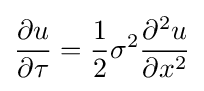
{\frac {\partial u}{\partial \tau }}={\frac {1}{2}}\sigma ^{2}{\frac {\partial ^{2}u}{\partial x^{2}}}